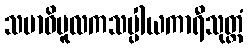
သမာဓိမူလကသပ္ပါယကာရီသုတ္တံ